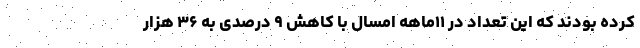
کرده بودند که این تعداد در ۱۱ماهه امسال با کاهش ۹ درصدی به ۳۶ هزار